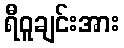
ရီဝူချင်းအား